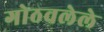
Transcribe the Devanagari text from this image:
गोठवलेले